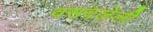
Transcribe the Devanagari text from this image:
वसवलेली